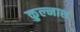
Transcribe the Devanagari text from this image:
कुल्नाश